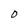
Character: O